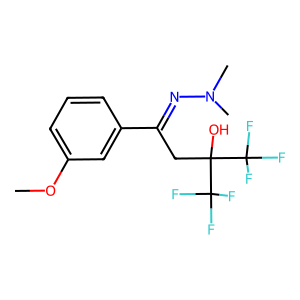
SMILES: COc1cccc(C(CC(O)(C(F)(F)F)C(F)(F)F)=NN(C)C)c1
Inhibits HIV replication: No